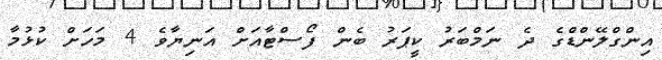
އިންގްލޭންޑްގެ ދެ ނަމްބަރު ކީޕަރު ބެން ފޯސްޓާއަށް އަނިޔާވެ 4 މަހަށް ކުޅުމާ